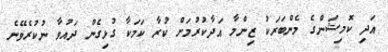
އަދި ކޮމިޝަންގެ މެންބަރަކު ޒިންމާ އަދާކުރުމަށް ކުރާ ކަމަކާ ގުޅިގެން ދައުވާ ނުކުރެވޭނެ